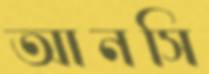
আনসি